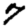
Digit: 7